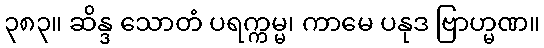
၃၈၃။ ဆိန္ဒ သောတံ ပရက္ကမ္မ၊ ကာမေ ပနုဒ ဗြာဟ္မဏ။